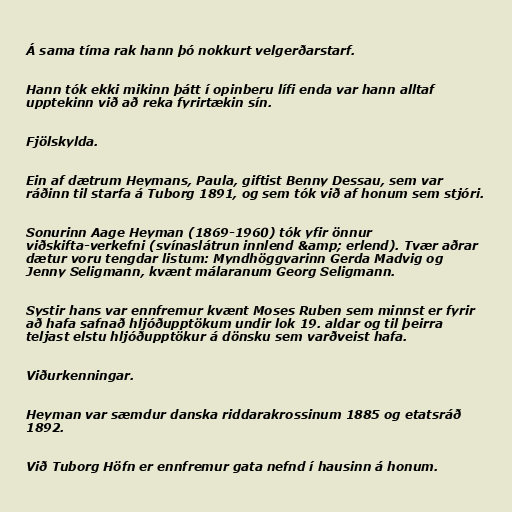
Á sama tíma rak hann þó nokkurt velgerðarstarf.

Hann tók ekki mikinn þátt í opinberu lífi enda var hann alltaf
upptekinn við að reka fyrirtækin sín.

Fjölskylda.

Ein af dætrum Heymans, Paula, giftist Benny Dessau, sem var
ráðinn til starfa á Tuborg 1891, og sem tók við af honum sem stjóri.

Sonurinn Aage Heyman (1869-1960) tók yfir önnur
viðskifta-verkefni (svínaslátrun innlend &amp; erlend). Tvær aðrar
dætur voru tengdar listum: Myndhöggvarinn Gerda Madvig og
Jenny Seligmann, kvænt málaranum Georg Seligmann.

Systir hans var ennfremur kvænt Moses Ruben sem minnst er fyrir
að hafa safnað hljóðupptökum undir lok 19. aldar og til þeirra
teljast elstu hljóðupptökur á dönsku sem varðveist hafa.

Viðurkenningar.

Heyman var sæmdur danska riddarakrossinum 1885 og etatsráð
1892.

Við Tuborg Höfn er ennfremur gata nefnd í hausinn á honum.